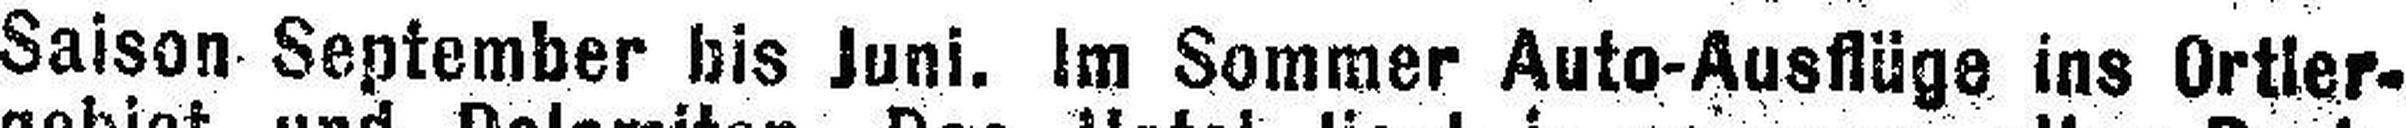
Saison September bis Juni. Im Sommer Auto-Ausflüge ins Ortler¬